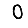
Digit: 0